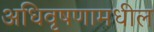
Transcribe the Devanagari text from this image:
अधिवृषणामधील